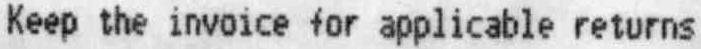
KEEP THE INVOICE FOR APPLICABLE RETURNS